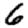
Digit: 6